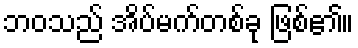
ဘဝသည် အိပ်မက်တစ်ခု ဖြစ်၏။